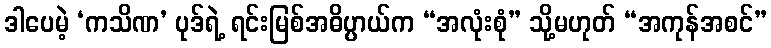
ဒါပေမဲ့ ‘ကသိဏ’ ပုဒ်ရဲ့ ရင်းမြစ်အဓိပ္ပာယ်က “အလုံးစုံ” သို့မဟုတ် “အကုန်အစင်”